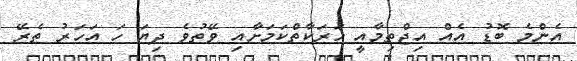
އެންމެ ބޮޑު އެއް އިޖްތިމާއީ ހަރަކާތްކަމަށާއި ވޭތުވެ ދިޔަ ހަ އަހަރު ތެރޭ